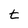
Character: t